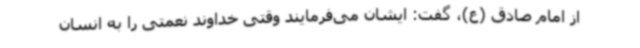
از امام صادق (ع)، گفت: ایشان می‌فرمایند وقتی خداوند نعمتی را به انسان